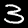
Label: 3